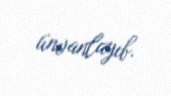
ünvanlayıb.